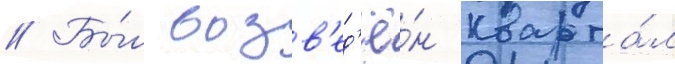
// Бы́л возв'ед'ё́н кварта́л